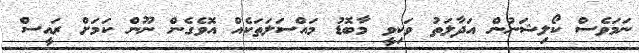
ނަމަވެސް ކޯލިޝަނުން އަދާލަތު ވަކިވީ މާބޮޑު މައްސަލަތަކެއް އޮވެގެން ނޫން ކަމަށް ރައީސް